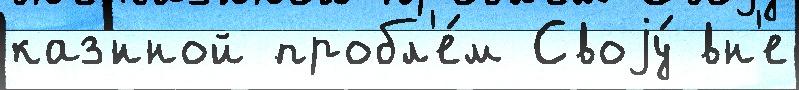
каз'́нной пробл'е́м Своjу́ вн'е